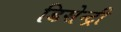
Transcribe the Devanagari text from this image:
डिसेन्ट्री